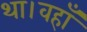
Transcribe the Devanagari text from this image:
था।वहाँ